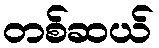
တစ်ဆယ်